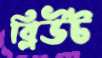
ব্লিউট